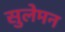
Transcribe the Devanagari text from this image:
सुलेमन